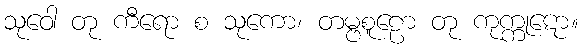
သုဝေါ တု ကီရော စ သုကော၊ တမ္ဗစူဠော တု ကုက္ကုဋော။